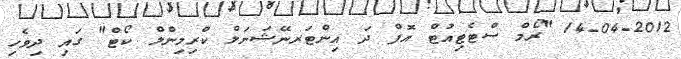
14-04-2012 "ރޯމް ސްޓެޓިއުޓް އޮފް ދަ އިންޓަރނޭޝަނަލް ކްރިމިންލް ކޯޓް" ގައި ދިވެހި